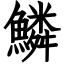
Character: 鱗